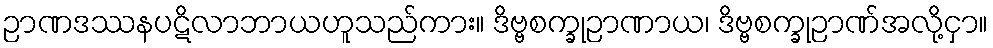
ဉာဏဒဿနပဋိလာဘာယဟူသည်ကား။ ဒိဗ္ဗစက္ခုဉာဏာယ၊ ဒိဗ္ဗစက္ခုဉာဏ်အလို့ငှာ။